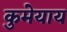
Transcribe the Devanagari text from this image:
कुमेयाय